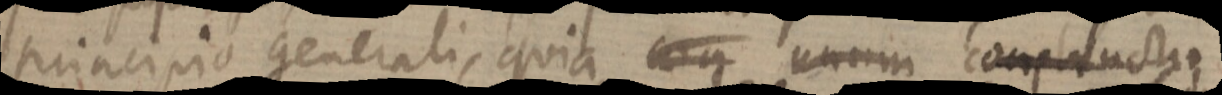
principio generali, quia _ unum constructio